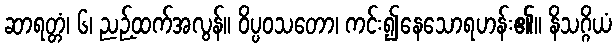
ဆာရတ္တံ၊ ၆၊ ညဉ့်ထက်အလွန်။ ဝိပ္ပဝသတော၊ ကင်း၍နေသောရဟန်း၏။ နိသဂ္ဂိယံ